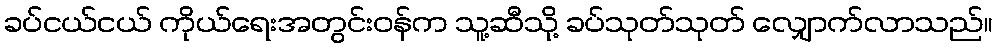
ခပ်ငယ်ငယ် ကိုယ်ရေးအတွင်းဝန်က သူ့ဆီသို့ ခပ်သုတ်သုတ် လျှောက်လာသည်။